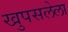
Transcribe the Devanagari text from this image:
खुपसलेला